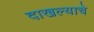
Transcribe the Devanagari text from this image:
दाखल्याचे